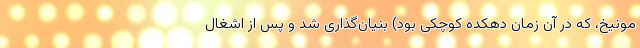
مونیخ، که در آن زمان دهکده کوچکی بود) بنیان‌گذاری شد و پس از اشغال